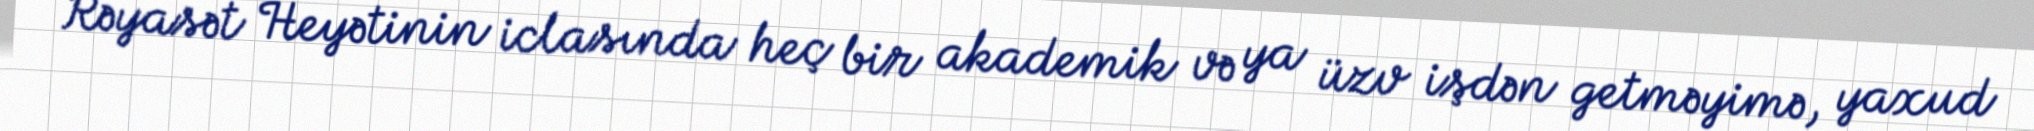
Rəyasət Heyətinin iclasında heç bir akademik və ya üzv işdən getməyimə, yaxud